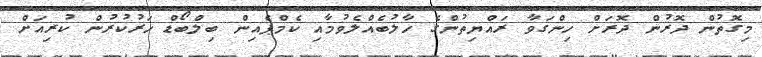
މިގޮތުން ދޮރުން ދޮރަށް ހިންގަވާ ރައްޔިތުންގެ ހާލުބެއްލެވުމާއި ކެމްޕެއިން ބިލްބޯޑް ހަރުކުރުން ކުރިއަށް